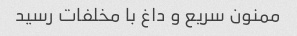
ممنون سریع و داغ با مخلفات رسید